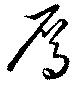
雁